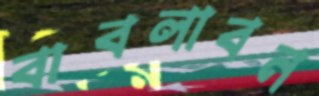
বাবলাবন